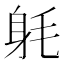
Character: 𨈥